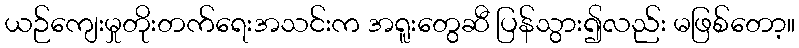
ယဉ်ကျေးမှုတိုးတက်ရေးအသင်းက အရူးတွေဆီ ပြန်သွား၍လည်း မဖြစ်တော့။